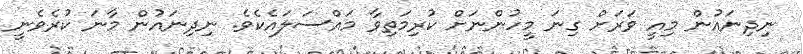
ނިދިނައުން މިއީ ވަރަށް ގިނަ މީހުންނަށް ކުރިމަތިވާ މައްސަލައެކެވެ. ނިދިނައުން މާނަ ކުރެވެނީ